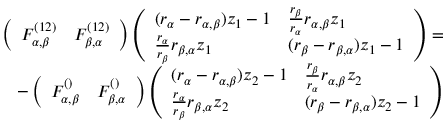
\begin{array} { r } { \left( \begin{array} { l l } { F _ { \alpha , \beta } ^ { ( 1 2 ) } } & { F _ { \beta , \alpha } ^ { ( 1 2 ) } } \end{array} \right) \left( \begin{array} { l l } { ( r _ { \alpha } - r _ { \alpha , \beta } ) z _ { 1 } - 1 } & { \frac { r _ { \beta } } { r _ { \alpha } } r _ { \alpha , \beta } z _ { 1 } } \\ { \frac { r _ { \alpha } } { r _ { \beta } } r _ { \beta , \alpha } z _ { 1 } } & { ( r _ { \beta } - r _ { \beta , \alpha } ) z _ { 1 } - 1 } \end{array} \right) = } \\ { - \left( \begin{array} { l l } { F _ { \alpha , \beta } ^ { ( ) } } & { F _ { \beta , \alpha } ^ { ( ) } } \end{array} \right) \left( \begin{array} { l l } { ( r _ { \alpha } - r _ { \alpha , \beta } ) z _ { 2 } - 1 } & { \frac { r _ { \beta } } { r _ { \alpha } } r _ { \alpha , \beta } z _ { 2 } } \\ { \frac { r _ { \alpha } } { r _ { \beta } } r _ { \beta , \alpha } z _ { 2 } } & { ( r _ { \beta } - r _ { \beta , \alpha } ) z _ { 2 } - 1 } \end{array} \right) } \end{array}